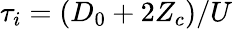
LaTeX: \tau_{i}=(D_{0}+2Z_{c})/U